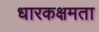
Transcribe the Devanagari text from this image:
धारकक्षमता